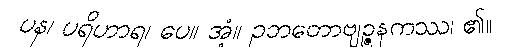
ပန၊ ပရိဟာရ၊ ပေ။ အံ့။ ဥဘတောဗျဉ္ဇနကဿ၊ ၏။